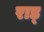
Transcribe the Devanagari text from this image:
राड्